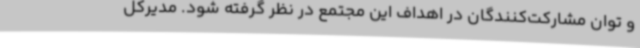
و توان مشارکت‌کنندگان در اهداف این مجتمع در نظر گرفته شود. مدیرکل